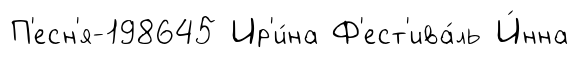
П'есн'я-198645 Ир'и́на Ф'ест'ива́ль И́нна